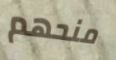
منحهم